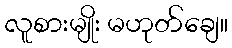
လူစားမျိုး မဟုတ်ချေ။